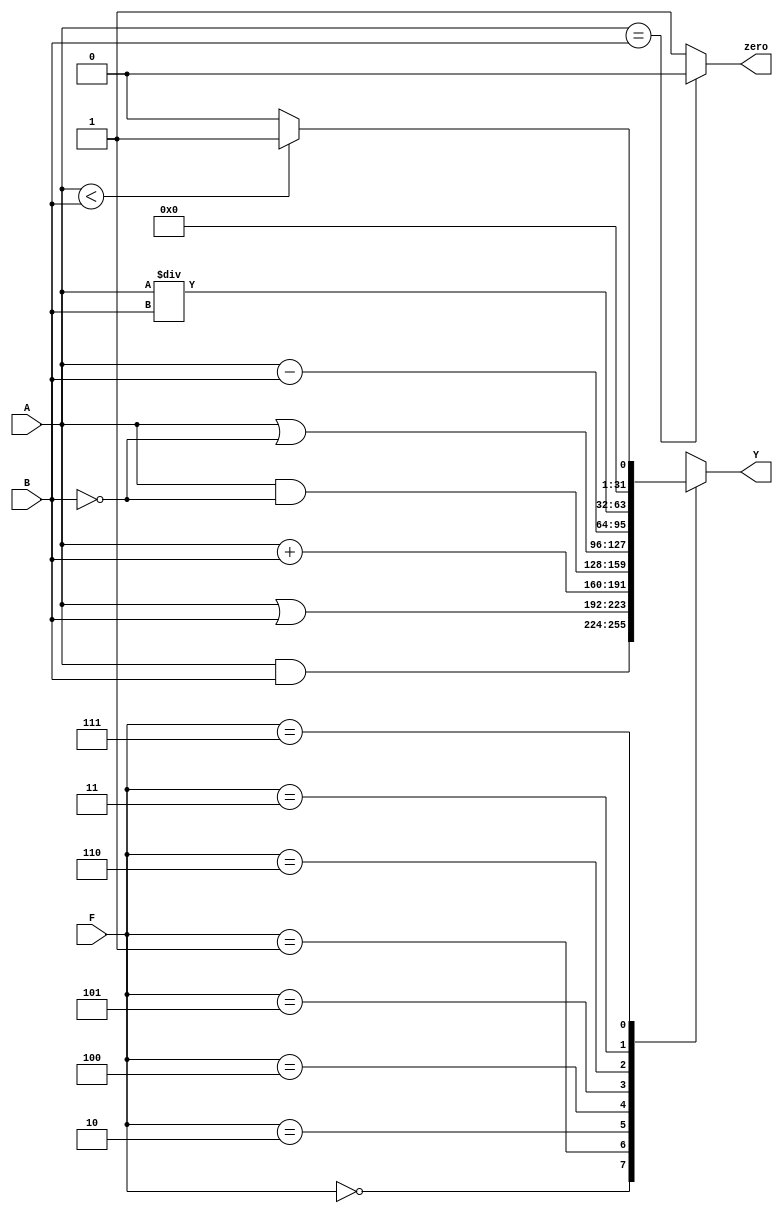
module ALU(
    input [31:0] A,
    input [31:0] B,
    input [2:0] F,
    output reg [31:0] Y,
    output reg zero
    );

      always@(*)begin
        case(F)
            3'B000: Y = A&B;
            3'B001: Y = A|B;
            3'B010: Y = A+B;
            3'B100: Y = A&~B;
            3'B101: Y = A|~B;
            3'B110: Y = A-B;

            3'B011: Y = A/B;

            3'B111: begin
                        if (A<B)
                            Y=1;
                        else
                            Y=0;
                    end
            default:Y=32'bxxx;
        endcase

        if(A == B)
            zero = 0;
        else
            zero = 1;
    end
endmodule